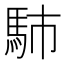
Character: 馷